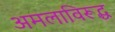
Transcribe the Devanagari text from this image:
अमलाविरूद्ध